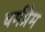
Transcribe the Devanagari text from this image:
धर्मप्रेम